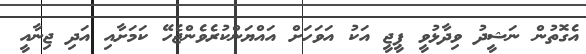
އެގޮތުން ނަޝީދު ވިދާޅުވީ ޕީޖީ އަކު އަވަހަށް އައްޔަންކުރެވެންޖެހޭ ކަމަށާއި އަދި ޖިނާއީ